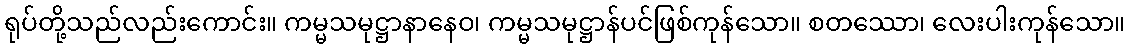
ရုပ်တို့သည်လည်းကောင်း။ ကမ္မသမုဋ္ဌာနာနေဝ၊ ကမ္မသမုဋ္ဌာန်ပင်ဖြစ်ကုန်သော။ စတဿော၊ လေးပါးကုန်သော။